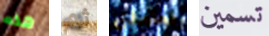
هذه ثم تعاملني تسمين